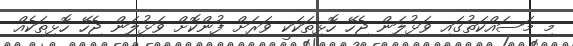
މި މަސައްކަތުގައި ވަޅުލަން ޖެހޭ ހޮޅިތަކަކީ ވަރަށް ފުންކޮށް ވަޅުލަން ޖެހޭ ހޮޅިތަކެއް